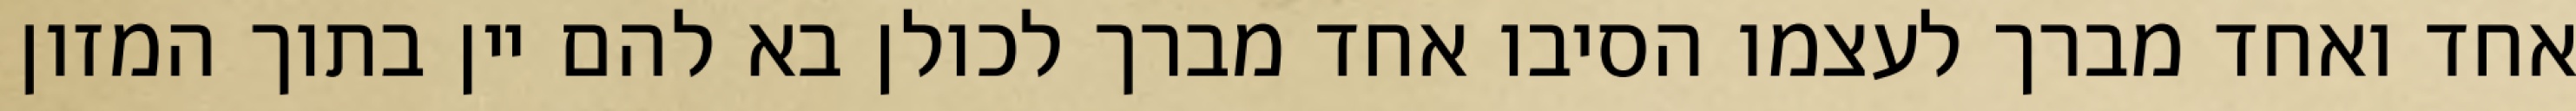
אחד ואחד מברך לעצמו הסיבו אחד מברך לכולן בא להם יין בתוך המזון